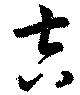
吉